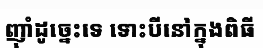
ញ៉ាំដូច្នេះទេ ទោះបីនៅក្នុងពិធី